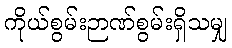
ကိုယ်စွမ်းဉာဏ်စွမ်းရှိသမျှ